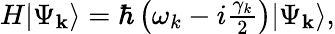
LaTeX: \begin{array}{r}{H|\Psi_{\mathbf{k}}\rangle=\hbar\left(\omega_{k}-i\frac{\gamma_{k}}{2}\right)|\Psi_{\mathbf{k}}\rangle,}\end{array}